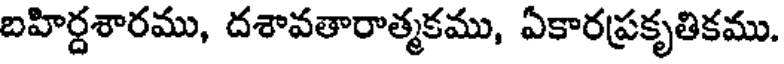
బహిర్దశారము, దశావతారాత్మకము, ఏకారప్రకృతికము.